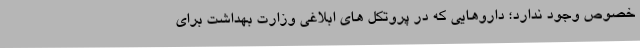
خصوص وجود ندارد؛ داروهایی که در پروتکل های ابلاغی وزارت بهداشت برای